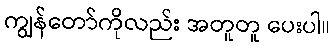
ကျွန်တော်ကိုလည်း အတူတူ ပေးပါ။